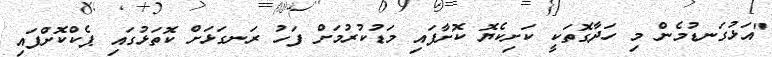
"އަޅުގަނޑުމެން މި ހަދާގޮތަކީ ކަށިކެޔޮ ކޮށާފައި މަޑުކުރުމަށް ފަހު ރަނގަޅަށް ކޮތަޅުގައި ޕެކްކޮށްފައި